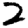
Digit: 2